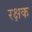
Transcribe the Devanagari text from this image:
रक्षक